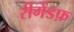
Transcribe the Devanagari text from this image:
रीगेंडफ़